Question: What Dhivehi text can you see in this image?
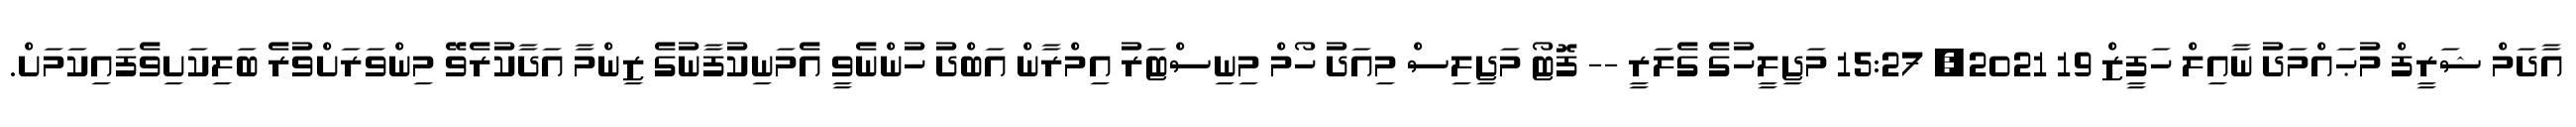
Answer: އާދަމް ޝަރީފް މުޙައްމަދު ނާއިލް ހަފީޒް 19 2021, 15:27 މަޖިލީހުގެ ގެލަރީ -- ފޮޓޯ މަޖިލިސް މިއަދު ހޯމް މިނިސްޓަރު އިމްރާން އަބްދު ހުންނެވީ އެމަނިކުފާނުގެ ޒިންމާ އަދާކުރެވޭ މިންވަރަށްވުރެ ބަލިކަށިވެފައިކަމަށް.